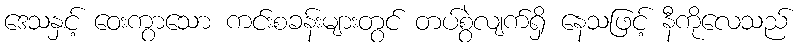
ဒေသနှင့် ဝေးကွာသော ကင်းစခန်းများတွင် တပ်စွဲလျက်ရှိ နေသဖြင့် နီကိုလေသည်